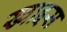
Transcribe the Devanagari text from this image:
ख्वाइस